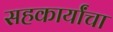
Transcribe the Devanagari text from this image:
सहकार्यांचा